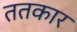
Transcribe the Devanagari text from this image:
ततकार